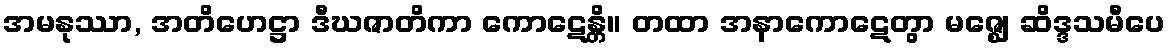
အမနုဿာ, အတိဟေဋ္ဌာ ဒီဃဇာတိကာ ကောဋေန္တိ။ တထာ အနာကောဋေတွာ မဇ္ဈေ ဆိဒ္ဒသမီပေ